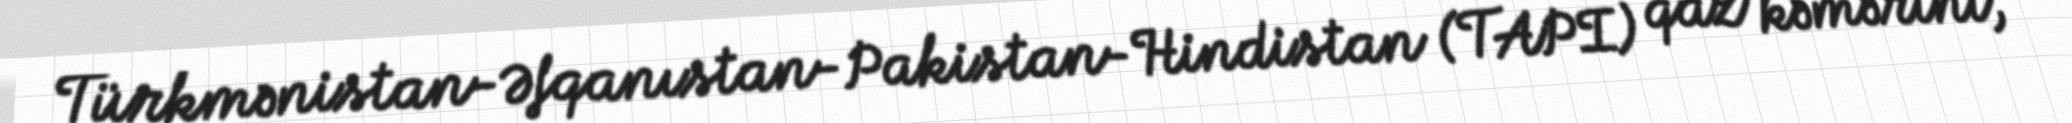
Türkmənistan-Əfqanıstan-Pakistan-Hindistan (TAPI) qaz kəmərini,